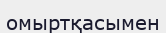
омыртқасымен